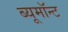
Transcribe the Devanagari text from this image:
ब्यूमॉन्ट